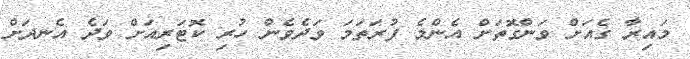
މައިރާ ގެއަށް ވަންގޮތަށް އެންމެ ފުރަތަމަ ވަދެވެން ހުރި ކޮޓަރިއަށް ވަދެ އެނދަށް